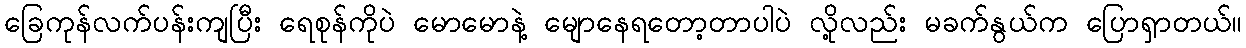
ခြေကုန်လက်ပန်းကျပြီး ရေစုန်ကိုပဲ မောမောနဲ့ မျောနေရတော့တာပါပဲ လို့လည်း မခက်နွယ်က ပြောရှာတယ်။